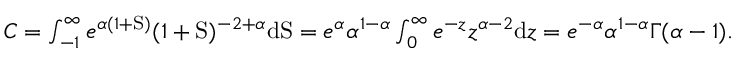
\begin{array} { r } { C = \int _ { - 1 } ^ { \infty } e ^ { \alpha ( 1 + \mathrm { S } ) } ( 1 + \mathrm { S } ) ^ { - 2 + \alpha } \mathrm { d } \mathrm { S } = e ^ { \alpha } \alpha ^ { 1 - \alpha } \int _ { 0 } ^ { \infty } e ^ { - z } z ^ { \alpha - 2 } \mathrm { d } z = e ^ { - \alpha } \alpha ^ { 1 - \alpha } \Gamma ( \alpha - 1 ) . } \end{array}